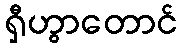
ရှီဟွာတောင်